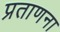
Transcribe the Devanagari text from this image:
प्रताणना